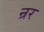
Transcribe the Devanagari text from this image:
न्रर